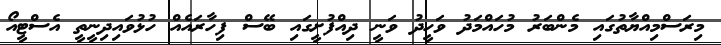
މިރަސްމިއްޔާތުގައި މެންބަރު މުހައްމަދު ވަހީދު ވަނީ ދިއްފުށީގައި ބޭސް ފިހާރައެއް ހުޅުވައިދިނީތީ އެސްޓީއޯ